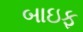
બાઇફ